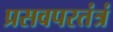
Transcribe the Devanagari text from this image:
प्रसवपरतंत्रं